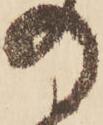
の